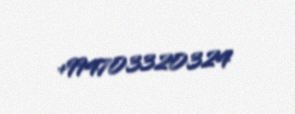
+994703320324